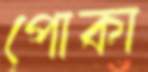
পোকা